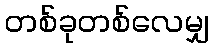
တစ်ခုတစ်လေမျှ